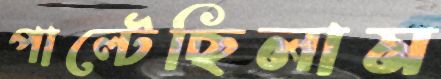
পাল্‌টেছিলাম